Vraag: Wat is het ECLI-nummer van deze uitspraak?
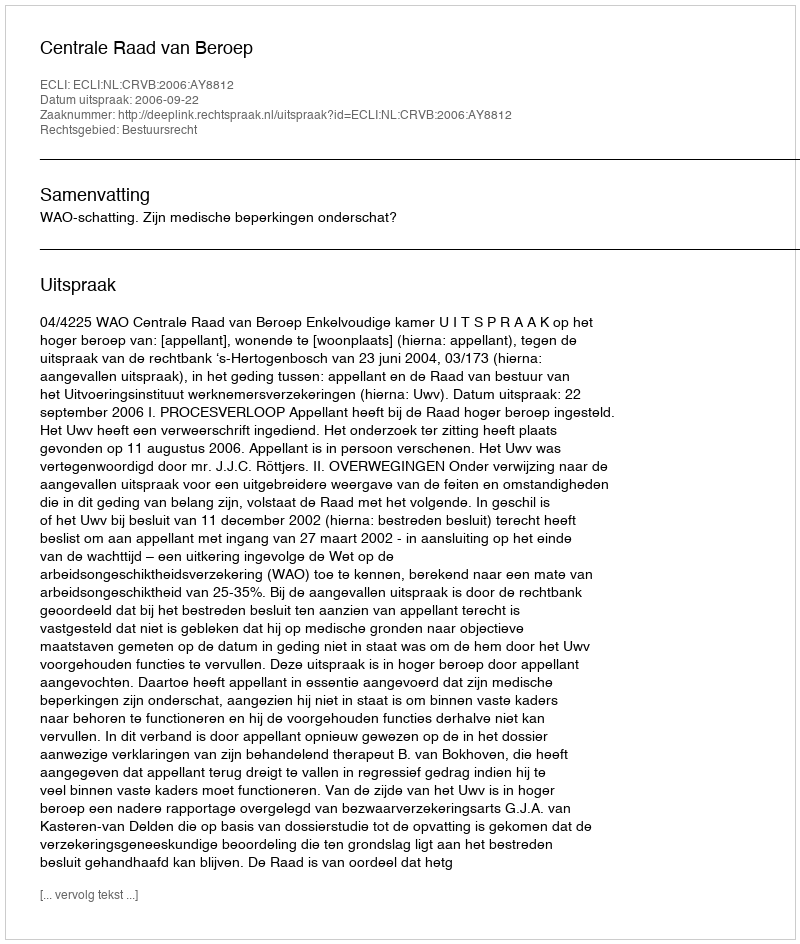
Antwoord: ECLI:NL:CRVB:2006:AY8812